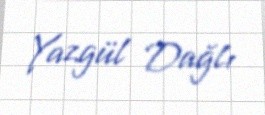
Yazgül Dağlı